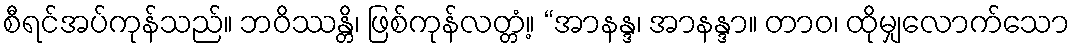
စီရင်အပ်ကုန်သည်။ ဘဝိဿန္တိ၊ ဖြစ်ကုန်လတ္တံ့။ “အာနန္ဒ၊ အာနန္ဒာ။ တာဝ၊ ထိုမျှလောက်သော